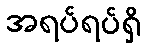
အရပ်ရပ်ရှိ